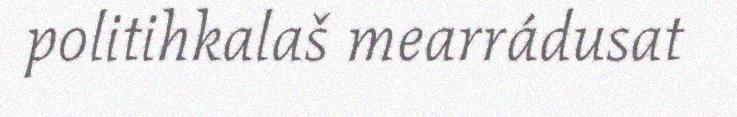
politihkalaš mearrádusat